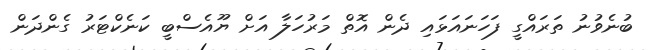
ބުނެވުނު ތަރައްގީ ފަހަނައަޅައި ދެން އޮތް މަރުހަލާ އަށް ޔޫއެސްބީ ކަނެކްޓަރު ގެންދަން